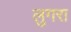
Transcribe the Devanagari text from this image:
लुगरा